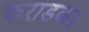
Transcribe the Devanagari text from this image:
कराडकर